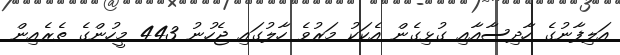
އަލިފާނުގެ ހާދިސާއާއި ގުޅިގެން އެކަކު މަރުވެ ހާލުގައި ޖެހުނު 443 މީހުންގެ ތެރެއިން